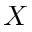
X